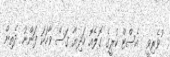
ުވެރިވީ  އެސްޓް ކުރީގެ ގޮލެއޮ ހަދިޔާ ގަސް ވާހަކަ ފަންނު ދެތިން